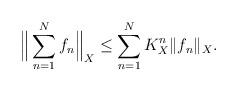
LaTeX: \begin{align*}\Big\|\sum_{n=1}^N f_n\Big\|_X\leq \sum_{n=1}^N K_X^n\|f_n\|_X.\end{align*}